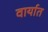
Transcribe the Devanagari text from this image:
वार्यात